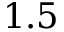
1 . 5